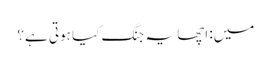
میں: اچھا یہ جنگ کیا ہوتی ہے؟